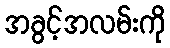
အခွင့်အလမ်းကို